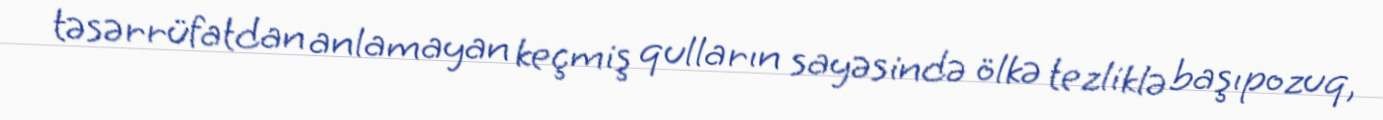
təsərrüfatdan anlamayan keçmiş qulların sayəsində ölkə tezliklə başıpozuq,